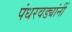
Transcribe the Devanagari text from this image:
पंधरवड्यांनीं